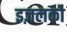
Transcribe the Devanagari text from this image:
इज़लको